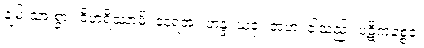
ချမ်းသာ စွာ။ ဝိဟရိဿာမိ၊ နေရအံ့။ ဟန္ဒ၊ ယခု။ အဟံ၊ ငါသည်။ ပဋိကစ္စေဝ၊